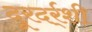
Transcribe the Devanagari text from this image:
दूरदर्र्शी